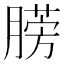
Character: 𣎙